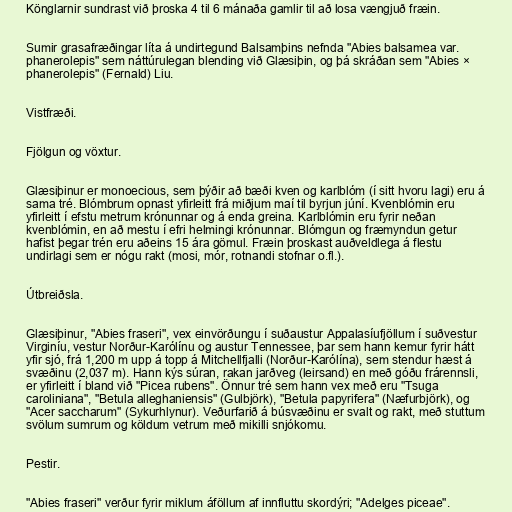
Könglarnir sundrast við þroska 4 til 6 mánaða gamlir til að losa vængjuð fræin.

Sumir grasafræðingar líta á undirtegund Balsamþins nefnda "Abies balsamea var.
phanerolepis" sem náttúrulegan blending við Glæsiþin, og þá skráðan sem "Abies ×
phanerolepis" (Fernald) Liu.

Vistfræði.

Fjölgun og vöxtur.

Glæsiþinur er monoecious, sem þýðir að bæði kven og karlblóm (í sitt hvoru lagi) eru á
sama tré. Blómbrum opnast yfirleitt frá miðjum maí til byrjun júní. Kvenblómin eru
yfirleitt í efstu metrum krónunnar og á enda greina. Karlblómin eru fyrir neðan
kvenblómin, en að mestu í efri helmingi krónunnar. Blómgun og fræmyndun getur
hafist þegar trén eru aðeins 15 ára gömul. Fræin þroskast auðveldlega á flestu
undirlagi sem er nógu rakt (mosi, mór, rotnandi stofnar o.fl.).

Útbreiðsla.

Glæsiþinur, "Abies fraseri", vex einvörðungu í suðaustur Appalasíufjöllum í suðvestur
Virginíu, vestur Norður-Karólínu og austur Tennessee, þar sem hann kemur fyrir hátt
yfir sjó, frá 1,200 m upp á topp á Mitchellfjalli (Norður-Karólína), sem stendur hæst á
svæðinu (2,037 m). Hann kýs súran, rakan jarðveg (leirsand) en með góðu frárennsli,
er yfirleitt í bland við "Picea rubens". Önnur tré sem hann vex með eru "Tsuga
caroliniana", "Betula alleghaniensis" (Gulbjörk), "Betula papyrifera" (Næfurbjörk), og
"Acer saccharum" (Sykurhlynur). Veðurfarið á búsvæðinu er svalt og rakt, með stuttum
svölum sumrum og köldum vetrum með mikilli snjókomu.

Pestir.

"Abies fraseri" verður fyrir miklum áföllum af innfluttu skordýri; "Adelges piceae".